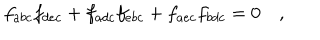
LaTeX: f _ { a b c } f _ { d e c } + f _ { a d c } f _ { e b c } + f _ { a e c } f _ { b d c } = 0 \quad ,